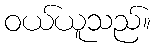
ဝယ်ယူသည်။